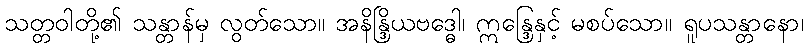
သတ္တဝါတို့၏ သန္တာန်မှ လွတ်သော။ အနိန္ဒြိယဗဒ္ဓေါ၊ ဣန္ဒြေနှင့် မစပ်သော။ ရူပသန္တာနော၊